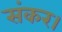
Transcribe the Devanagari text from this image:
संकर।